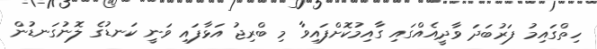
ހިތްގައިމު ފަރުބަދަ ވާދީއެއްގައި ގާއިމުކޮށްފައިވާ މި ބްރިޖު އަޅާފައި ވަނީ ކަނޑުގެ ލޮނުގަނޑުން